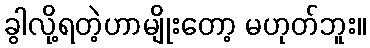
ခွါလို့ရတဲ့ဟာမျိုးတော့ မဟုတ်ဘူး။